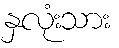
နှလုံးသား